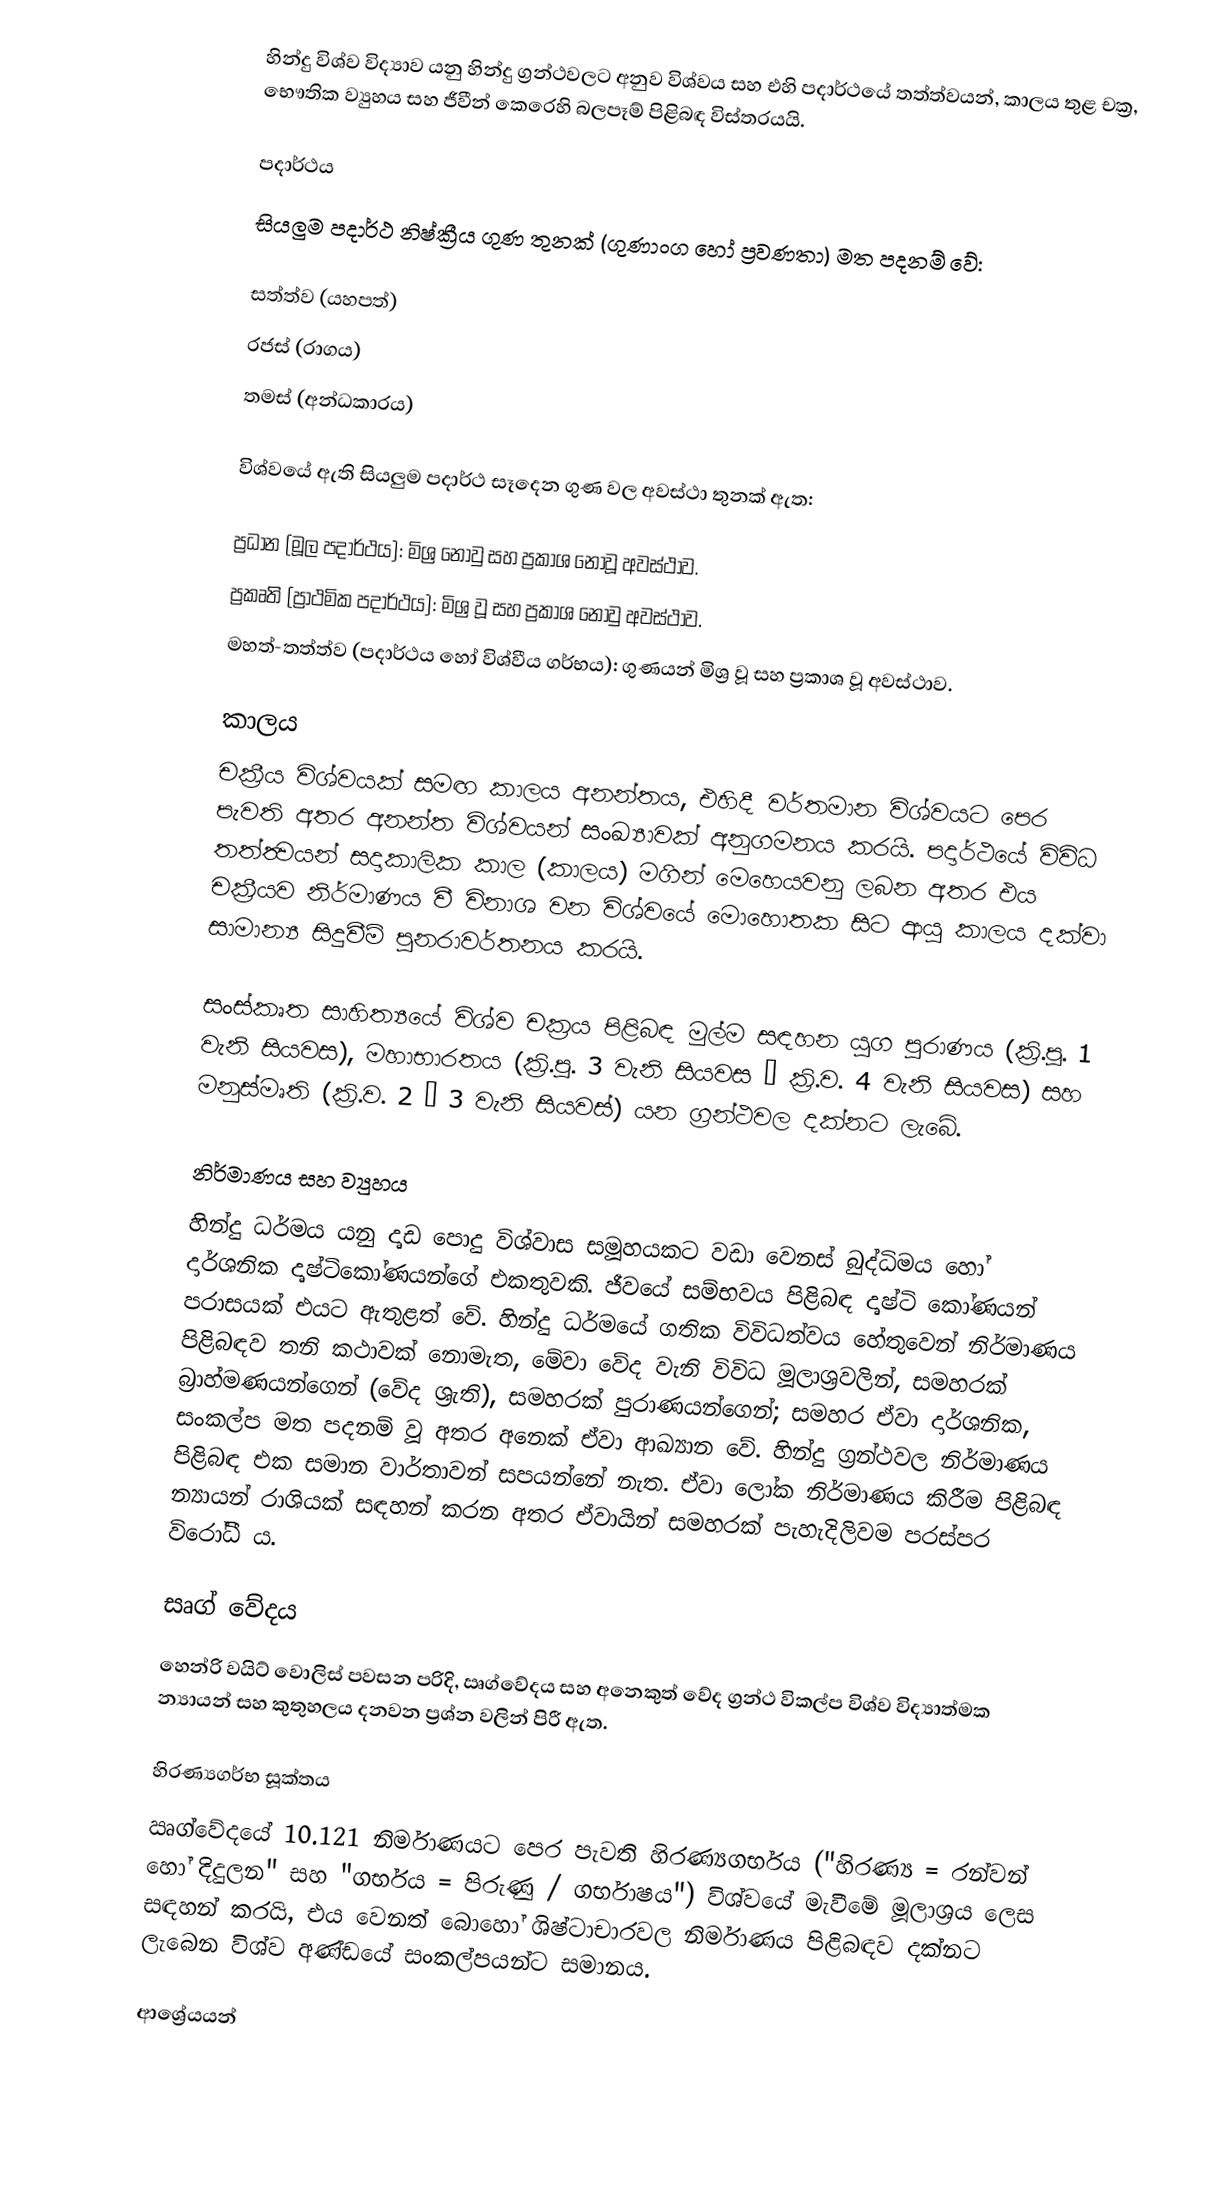
හින්දු විශ්ව විද්‍යාව යනු හින්දු ග්‍රන්ථවලට අනුව විශ්වය සහ එහි පදාර්ථයේ තත්ත්වයන්, කාලය තුළ චක්‍ර, භෞතික ව්‍යුහය සහ ජීවීන් කෙරෙහි බලපෑම් පිළිබඳ විස්තරයයි.

පදාර්ථය
සියලුම පදාර්ථ නිෂ්ක්‍රීය ගුණ තුනක් (ගුණාංග හෝ ප්‍රවණතා) මත පදනම් වේ:

 සත්ත්ව (යහපත්)
 රජස්  (රාගය)
 තමස් (අන්ධකාරය)

විශ්වයේ ඇති සියලුම පදාර්ථ සෑදෙන ගුණ වල අවස්ථා තුනක් ඇත:

 ප්‍රධාන (මූල පදාර්ථය): මිශ්‍ර නොවු සහ ප්‍රකාශ නොවූ අවස්ථාව.
 ප්‍රකෘති (ප්‍රාථමික පදාර්ථය): මිශ්‍ර වූ සහ ප්‍රකාශ නොවු අවස්ථාව.
 මහත්-තත්ත්ව (පදාර්ථය හෝ විශ්වීය ගර්භය): ගුණයන් මිශ්‍ර වූ සහ ප්‍රකාශ වූ අවස්ථාව.

කාලය
චක්‍රීය විශ්වයක් සමඟ කාලය අනන්තය, එහිදී වර්තමාන විශ්වයට පෙර පැවති අතර අනන්ත විශ්වයන් සංඛ්‍යාවක් අනුගමනය කරයි. පදාර්ථයේ විවිධ තත්ත්‍වයන් සදාකාලික කාල (කාලය) මගින් මෙහෙයවනු ලබන අතර එය චක්‍රීයව නිර්මාණය වී විනාශ වන විශ්වයේ මොහොතක සිට ආයු කාලය දක්වා සාමාන්‍ය සිදුවීම් පුනරාවර්තනය කරයි.

සංස්කෘත සාහිත්‍යයේ විශ්ව චක්‍රය පිළිබඳ මුල්ම සඳහන යුග පුරාණය (ක්‍රි.පූ. 1 වැනි සියවස), මහාභාරතය (ක්‍රි.පූ. 3 වැනි සියවස – ක්‍රි.ව. 4 වැනි සියවස) සහ මනුස්මෘති (ක්‍රි.ව. 2 – 3 වැනි සියවස්) යන ග්‍රන්ථවල දක්නට ලැබේ.

නිර්මාණය සහ ව්‍යුහය
හින්දු ධර්මය යනු දෘඩ පොදු විශ්වාස සමූහයකට වඩා වෙනස් බුද්ධිමය හෝ දාර්ශනික දෘෂ්ටිකෝණයන්ගේ එකතුවකි. ජීවයේ සම්භවය පිළිබඳ දෘෂ්ටි කෝණයන් පරාසයක් එයට ඇතුළත් වේ. හින්දු ධර්මයේ ගතික විවිධත්වය හේතුවෙන් නිර්මාණය පිළිබඳව තනි කථාවක් නොමැත, මේවා වේද වැනි විවිධ මූලාශ්‍රවලින්, සමහරක් බ්‍රාහ්මණයන්ගෙන් (වේද ශ්‍රැති), සමහරක් පුරාණයන්ගෙන්; සමහර ඒවා දාර්ශනික, සංකල්ප මත පදනම් වූ අතර අනෙක් ඒවා ආඛ්‍යාන වේ. හින්දු ග්‍රන්ථවල නිර්මාණය පිළිබඳ එක සමාන වාර්තාවන් සපයන්නේ නැත. ඒවා ලෝක නිර්මාණය කිරීම පිළිබඳ න්‍යායන් රාශියක් සඳහන් කරන අතර ඒවායින් සමහරක් පැහැදිලිවම පරස්පර විරෝධී ය.

සෘග් වේදය
හෙන්රි වයිට් වොලිස් පවසන පරිදි, ඍග්වේදය සහ අනෙකුත් වේද ග්‍රන්ථ විකල්ප විශ්ව විද්‍යාත්මක න්‍යායන් සහ කුතුහලය දනවන ප්‍රශ්න වලින් පිරී ඇත.

හිරණ්‍යගර්භ සූක්තය
ඍග්වේදයේ 10.121 නිර්මාණයට පෙර පැවති හිරණ්‍යගර්භය ("හිරණ්‍ය = රන්වන් හෝ දිදුලන" සහ "ගර්භය = පිරුණු / ගර්භාෂය") විශ්වයේ මැවීමේ මූලාශ්‍රය ලෙස සඳහන් කරයි, එය වෙනත් බොහෝ ශිෂ්ටාචාරවල නිර්මාණය පිළිබඳව දක්නට ලැබෙන විශ්ව අණ්ඩයේ සංකල්පයන්ට සමානය.

ආශ්‍රේයයන්